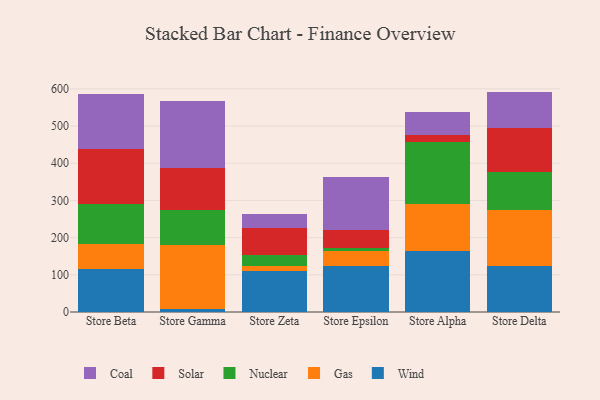
{"axis": {"x": "Store", "y": "Backlog"}, "legend": ["Coal", "Gas", "Nuclear", "Solar", "Wind"], "data": [{"x": "Store Beta", "y": 116.9, "type": "Wind"}, {"x": "Store Beta", "y": 66.6, "type": "Gas"}, {"x": "Store Beta", "y": 106.7, "type": "Nuclear"}, {"x": "Store Beta", "y": 147.7, "type": "Solar"}, {"x": "Store Beta", "y": 147.2, "type": "Coal"}, {"x": "Store Gamma", "y": 8.1, "type": "Wind"}, {"x": "Store Gamma", "y": 171.6, "type": "Gas"}, {"x": "Store Gamma", "y": 94.8, "type": "Nuclear"}, {"x": "Store Gamma", "y": 114.1, "type": "Solar"}, {"x": "Store Gamma", "y": 178.2, "type": "Coal"}, {"x": "Store Zeta", "y": 111.2, "type": "Wind"}, {"x": "Store Zeta", "y": 11.8, "type": "Gas"}, {"x": "Store Zeta", "y": 29.1, "type": "Nuclear"}, {"x": "Store Zeta", "y": 74.8, "type": "Solar"}, {"x": "Store Zeta", "y": 36.7, "type": "Coal"}, {"x": "Store Epsilon", "y": 124.5, "type": "Wind"}, {"x": "Store Epsilon", "y": 40.3, "type": "Gas"}, {"x": "Store Epsilon", "y": 6.9, "type": "Nuclear"}, {"x": "Store Epsilon", "y": 49.8, "type": "Solar"}, {"x": "Store Epsilon", "y": 142.5, "type": "Coal"}, {"x": "Store Alpha", "y": 164.8, "type": "Wind"}, {"x": "Store Alpha", "y": 126.9, "type": "Gas"}, {"x": "Store Alpha", "y": 166.4, "type": "Nuclear"}, {"x": "Store Alpha", "y": 18.9, "type": "Solar"}, {"x": "Store Alpha", "y": 59.6, "type": "Coal"}, {"x": "Store Delta", "y": 123.4, "type": "Wind"}, {"x": "Store Delta", "y": 150.7, "type": "Gas"}, {"x": "Store Delta", "y": 103.7, "type": "Nuclear"}, {"x": "Store Delta", "y": 116.6, "type": "Solar"}, {"x": "Store Delta", "y": 98.3, "type": "Coal"}]}